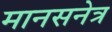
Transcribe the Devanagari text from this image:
मानसनेत्र